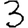
Digit: 3